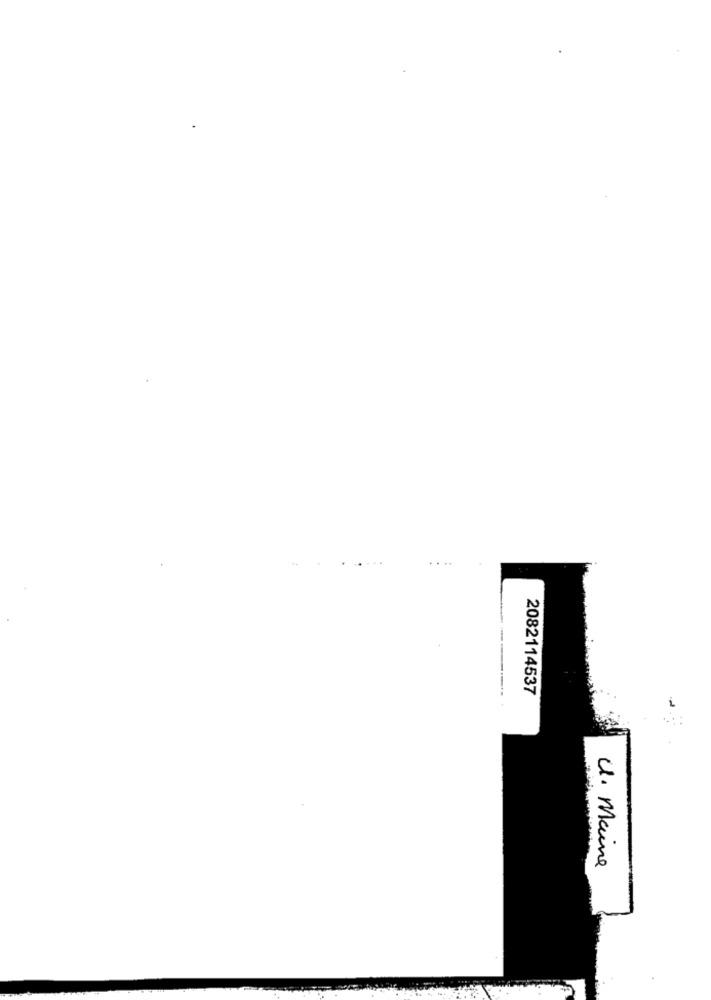
2082114537
U. Maine